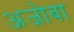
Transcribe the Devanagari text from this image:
अजोबा